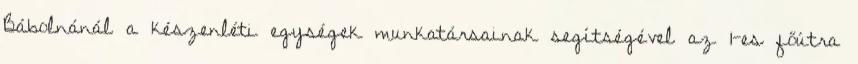
Bábolnánál a készenléti egységek munkatársainak segítségével az 1-es főútra